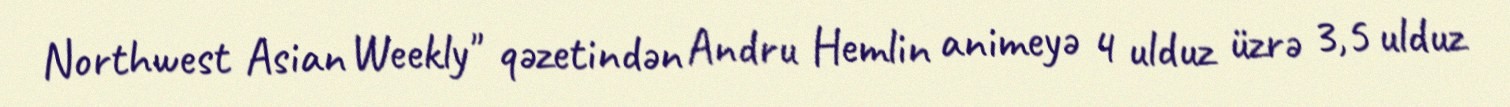
Northwest Asian Weekly" qəzetindən Andru Hemlin animeyə 4 ulduz üzrə 3,5 ulduz